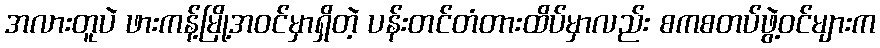
အလားတူပဲ ဖားကန့်မြို့အဝင်မှာရှိတဲ့ ပန်းတင်တံတားထိပ်မှာလည်း စကစတပ်ဖွဲ့ဝင်များက